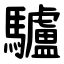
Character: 驢